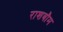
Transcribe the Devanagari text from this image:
राशबौम